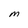
Character: M